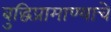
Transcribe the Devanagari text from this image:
बुद्धिप्रामाण्याचे